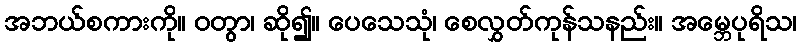
အဘယ်စကားကို။ ဝတွာ၊ ဆို၍။ ပေသေသုံ၊ စေလွှတ်ကုန်သနည်း။ အမ္ဘေပုရိသ၊